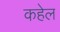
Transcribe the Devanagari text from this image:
कहेल